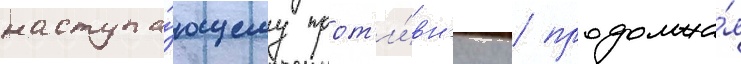
наступа́ющему прот'и́вн'ику / продолжа́я